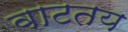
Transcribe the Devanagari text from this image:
वाटतय